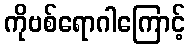
ကိုဗစ်ရောဂါကြောင့်